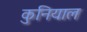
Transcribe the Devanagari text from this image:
कुनियाल